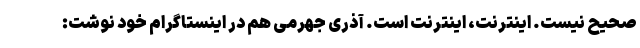
صحیح نیست. اینترنت، اینترنت است. آذری جهرمی هم در اینستاگرام خود نوشت: